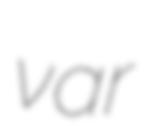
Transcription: var